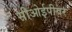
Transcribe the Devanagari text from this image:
सीओईपीवर